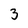
Character: 3